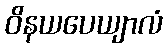
ဝိနယပေယျာလံ